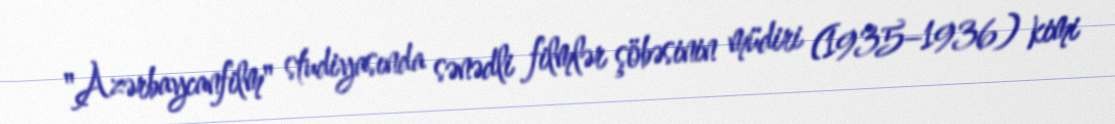
"Azərbaycanfilm" studiyasında sənədli filmlər şöbəsinin müdiri (1935–1936) kimi